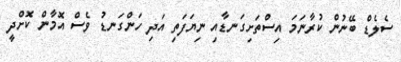
ސެލެޑް ބޭނުން ކުރާނަމަ އިސްތަށިގަނޑާއި ނިޔަފަތި އަދި ހަންގަނޑު ވެސް އޮމާން ކޮށްދީ